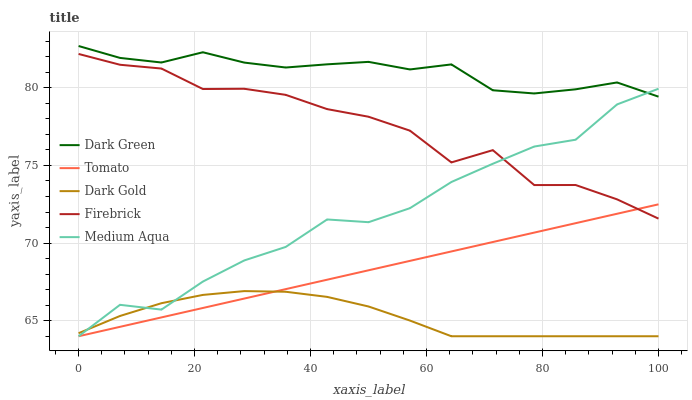
| xaxis_label | Dark Green | Tomato | Dark Gold | Firebrick | Medium Aqua |
 | --- | --- | --- | --- | --- | --- |
 | 0 | 82.7 | 64 | 64.2 | 82.2 | 64 |
 | 7.14 | 81.9 | 64.6 | 65.3 | 81.5 | 66 |
 | 14.3 | 81.6 | 65.2 | 66.1 | 81.2 | 65.7 |
 | 21.4 | 82.3 | 65.8 | 66.7 | 79.9 | 67.5 |
 | 28.6 | 81.6 | 66.4 | 66.9 | 79.9 | 68.9 |
 | 35.7 | 81.3 | 67 | 66.9 | 79.5 | 69.8 |
 | 42.9 | 81.5 | 67.6 | 66.5 | 78.6 | 71.5 |
 | 50 | 81.7 | 68.2 | 65.9 | 78.1 | 71.3 |
 | 57.1 | 81.2 | 68.9 | 65 | 77.2 | 72.2 |
 | 64.3 | 81.5 | 69.5 | 64 | 75.2 | 73.9 |
 | 71.4 | 79.8 | 70.1 | 64 | 76 | 75.1 |
 | 78.6 | 79.6 | 70.7 | 64 | 73.7 | 76.2 |
 | 85.7 | 79.9 | 71.3 | 64 | 73.7 | 76.7 |
 | 92.9 | 80.3 | 71.9 | 64 | 72.8 | 78.9 |
 | 100 | 79.4 | 72.5 | 64 | 71.6 | 79.9 |